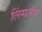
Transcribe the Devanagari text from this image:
लिंगतंत्र